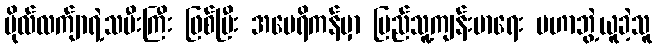
ဗိုလ်လက်ျာရဲ့သမီးကြီး ဖြစ်ပြီး အမေရိကန်မှာ ပြည်သူ့ကျန်းမာရေး မဟာဘွဲ့ယူခဲ့သူ